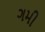
ગમી